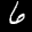
Label: 6